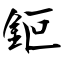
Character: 鉕